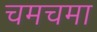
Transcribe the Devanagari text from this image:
चमचमा